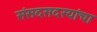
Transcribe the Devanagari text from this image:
संसदसदस्यांचा